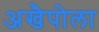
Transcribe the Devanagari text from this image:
अखैपोला